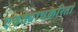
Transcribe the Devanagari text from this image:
एवढ्याचकरितां